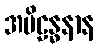
အပိဠန္ဓနာန